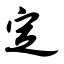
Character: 定